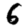
Digit: 6